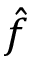
\hat { f }